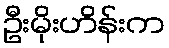
ဦးမိုးဟိန်းက